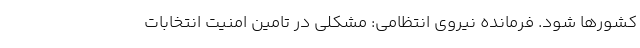
کشورها شود. فرمانده نیروی انتظامی: مشکلی در تامین امنیت انتخابات